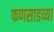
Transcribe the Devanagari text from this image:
फणसाडच्या